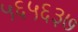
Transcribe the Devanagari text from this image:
५६५६३७